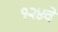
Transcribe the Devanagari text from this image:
१२४वे